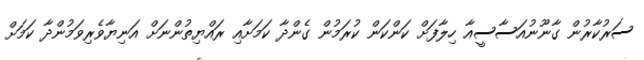
ސަރުކާރުން ގާނޫނުއަސާސީއާ ހިލާފަށް ކަންކަން ކުރަމުން ގެންދާ ކަމަށާއި ރައްޔިތުންނަށް އަނިޔާވެރިވަމުންދާ ކަމަށް